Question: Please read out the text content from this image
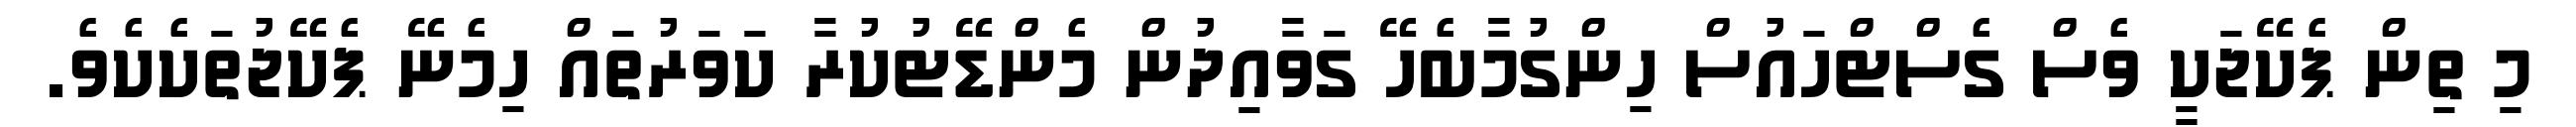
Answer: މި ތިން ޕެކޭޖަކީ ވެސް ގެސްޓްހައުސް ހިންގުމާބެހޭ ގަވާއިދުން މެންޑޭޓުކުރާ ކަވަރުތައް ހިމެނޭ ޕެކޭޖުތަކެކެވެ.